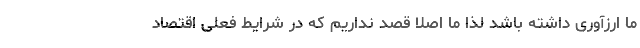
ما ارزآوری داشته باشد لذا ما اصلا قصد نداریم که در شرایط فعلی اقتصاد